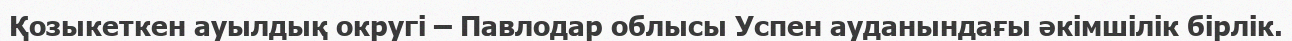
Қозыкеткен ауылдық округі – Павлодар облысы Успен ауданындағы әкімшілік бірлік.